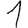
Digit: 1